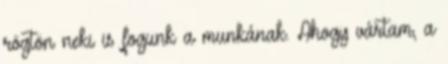
rögtön neki is fogunk a munkának. Ahogy vártam, a